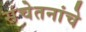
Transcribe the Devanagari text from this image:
संचेतनांचे